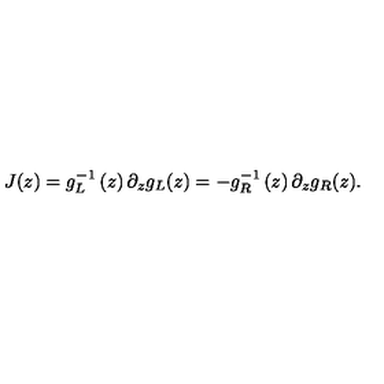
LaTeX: J ( z ) = g _ { L } ^ { - 1 } \left( z \right) \partial _ { z } g _ { L } ( z ) = - g _ { R } ^ { - 1 } \left( z \right) \partial _ { z } g _ { R } ( z ) .